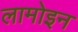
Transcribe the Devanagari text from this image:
लामोइन